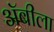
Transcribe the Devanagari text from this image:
अॅबीला